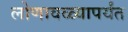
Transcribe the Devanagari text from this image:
लोणावळ्यापर्यंत